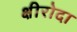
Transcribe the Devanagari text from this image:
क्षीरोदा